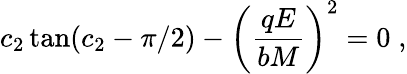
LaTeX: c_{2}\tan(c_{2}-\pi/2)-\left(\frac{qE}{bM}\right)^{2}=0\; ,